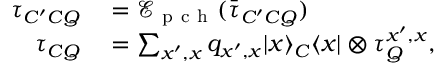
\begin{array} { r l } { \tau _ { C ^ { \prime } C Q } } & { { } = \mathcal { E } _ { \mathrm { ~ p ~ c ~ h ~ } } ( \bar { \tau } _ { C ^ { \prime } C Q } ) } \\ { \tau _ { C Q } } & { { } = \sum _ { x ^ { \prime } , x } q _ { x ^ { \prime } , x } | x \rangle _ { C } \langle x | \otimes \tau _ { Q } ^ { x ^ { \prime } , x } , } \end{array}